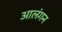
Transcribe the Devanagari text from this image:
आलंगन